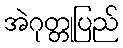
အဲဂုတ္တုပြည်